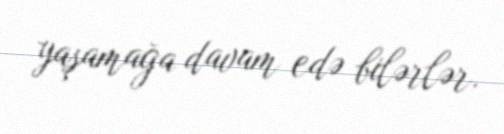
yaşamağa davam edə bilərlər.